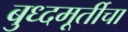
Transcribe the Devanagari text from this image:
बुध्दमूर्तीचा